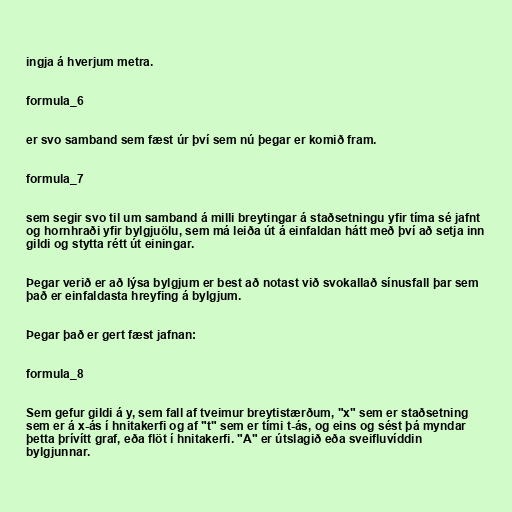
ingja á hverjum metra.

formula_6

er svo samband sem fæst úr því sem nú þegar er komið fram.

formula_7

sem segir svo til um samband á milli breytingar á staðsetningu yfir tíma sé jafnt
og hornhraði yfir bylgjuölu, sem má leiða út á einfaldan hátt með því að setja inn
gildi og stytta rétt út einingar.

Þegar verið er að lýsa bylgjum er best að notast við svokallað sínusfall þar sem
það er einfaldasta hreyfing á bylgjum.

Þegar það er gert fæst jafnan:

formula_8

Sem gefur gildi á y, sem fall af tveimur breytistærðum, "x" sem er staðsetning
sem er á x-ás í hnitakerfi og af "t" sem er tími t-ás, og eins og sést þá myndar
þetta þrívítt graf, eða flöt í hnitakerfi. "A" er útslagið eða sveifluvíddin
bylgjunnar.